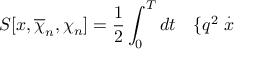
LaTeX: S [ x , \overline { { { \chi } } } _ { n } , \chi _ { n } ] = \frac 1 2 \int _ { 0 } ^ { T } d t \quad \{ q ^ { 2 } \stackrel { . } { x }